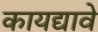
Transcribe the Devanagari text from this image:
कायद्यावे